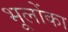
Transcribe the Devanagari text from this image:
भूलोंका